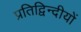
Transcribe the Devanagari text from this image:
प्रतिद्विन्दीयों